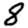
Digit: 8